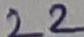
Text: 22